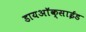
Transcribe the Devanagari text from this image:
डायअाॅक्साईड